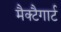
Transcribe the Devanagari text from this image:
मैक्टैगार्ट